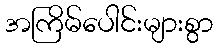
အကြိမ်ပေါင်းများစွာ